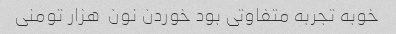
خوبه تجربه متفاوتی بود خوردن نون  هزار تومنی